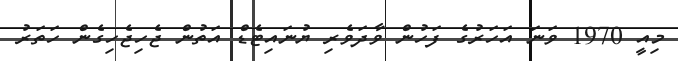
މިއީ 1970 ވަނަ އަހަރުގެ ފަހުން ވާދަވެރި ޔުނައިޓެޑް އަތުން ޖެހިޖެހިގެން ހަތަރު